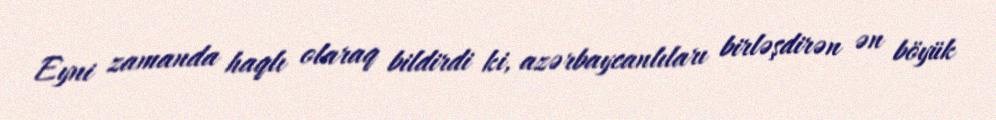
Eyni zamanda haqlı olaraq bildirdi ki, azərbaycanlıları birləşdirən ən böyük